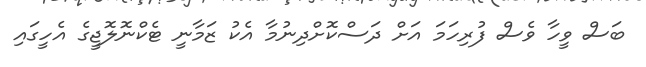
ބަސް ވީހާ ވެސް ފުރިހަމަ އަށް ދަސްކޮށްދިނުމާ އެކު ޒަމާނީ ޓެކްނޮލޮޖީގެ އެހީގައި